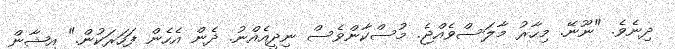
ދިނެވެ. "ނޫނޭ. މިހާރު މާލަސްވެއްޖެ. މުސްކާންވެސް ނިދީއެއްނު. ދެން އެހެން ފަހަރަކުން." އިޝާން